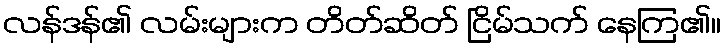
လန်ဒန်၏ လမ်းများက တိတ်ဆိတ် ငြိမ်သက် နေကြ၏။